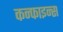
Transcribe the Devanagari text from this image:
कन्फाइन्स